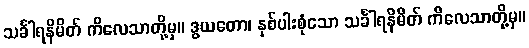
သင်္ခါရနိမိတ် ကိလေသာတို့မှ။ ဒွယတော၊ နှစ်ပါးစုံသော သင်္ခါရနိမိတ် ကိလေသာတို့မှ။